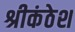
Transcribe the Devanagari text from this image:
श्रीकंठेश